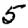
Digit: 5